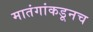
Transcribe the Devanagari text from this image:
मातंगांकडूनच